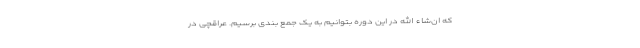
که ان‌شاء الله در این دوره بتوانیم به یک جمع بندی برسیم. عراقچی در